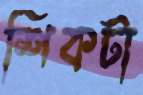
শিকটা